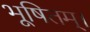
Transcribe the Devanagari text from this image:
भूषितम्।